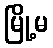
မြို့မ